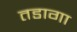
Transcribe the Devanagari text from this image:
तडागा